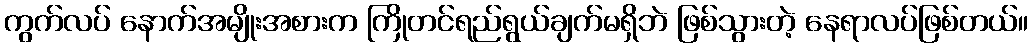
ကွက်လပ် နောက်အမျိုးအစားက ကြိုတင်ရည်ရွယ်ချက်မရှိဘဲ ဖြစ်သွားတဲ့ နေရာလပ်ဖြစ်တယ်။